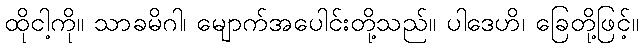
ထိုငါ့ကို။ သာခမိဂါ၊ မျောက်အပေါင်းတို့သည်။ ပါဒေဟိ၊ ခြေတို့ဖြင့်။